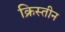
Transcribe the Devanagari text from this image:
क्रिस्तीन